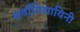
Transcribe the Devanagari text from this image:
सर्वातिशायिनी